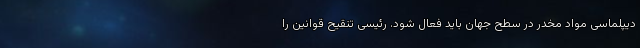
دیپلماسی مواد مخدر در سطح جهان باید فعال شود. رئیسی تنقیح قوانین را